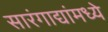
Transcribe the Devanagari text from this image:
सारंगाद्यांमध्ये